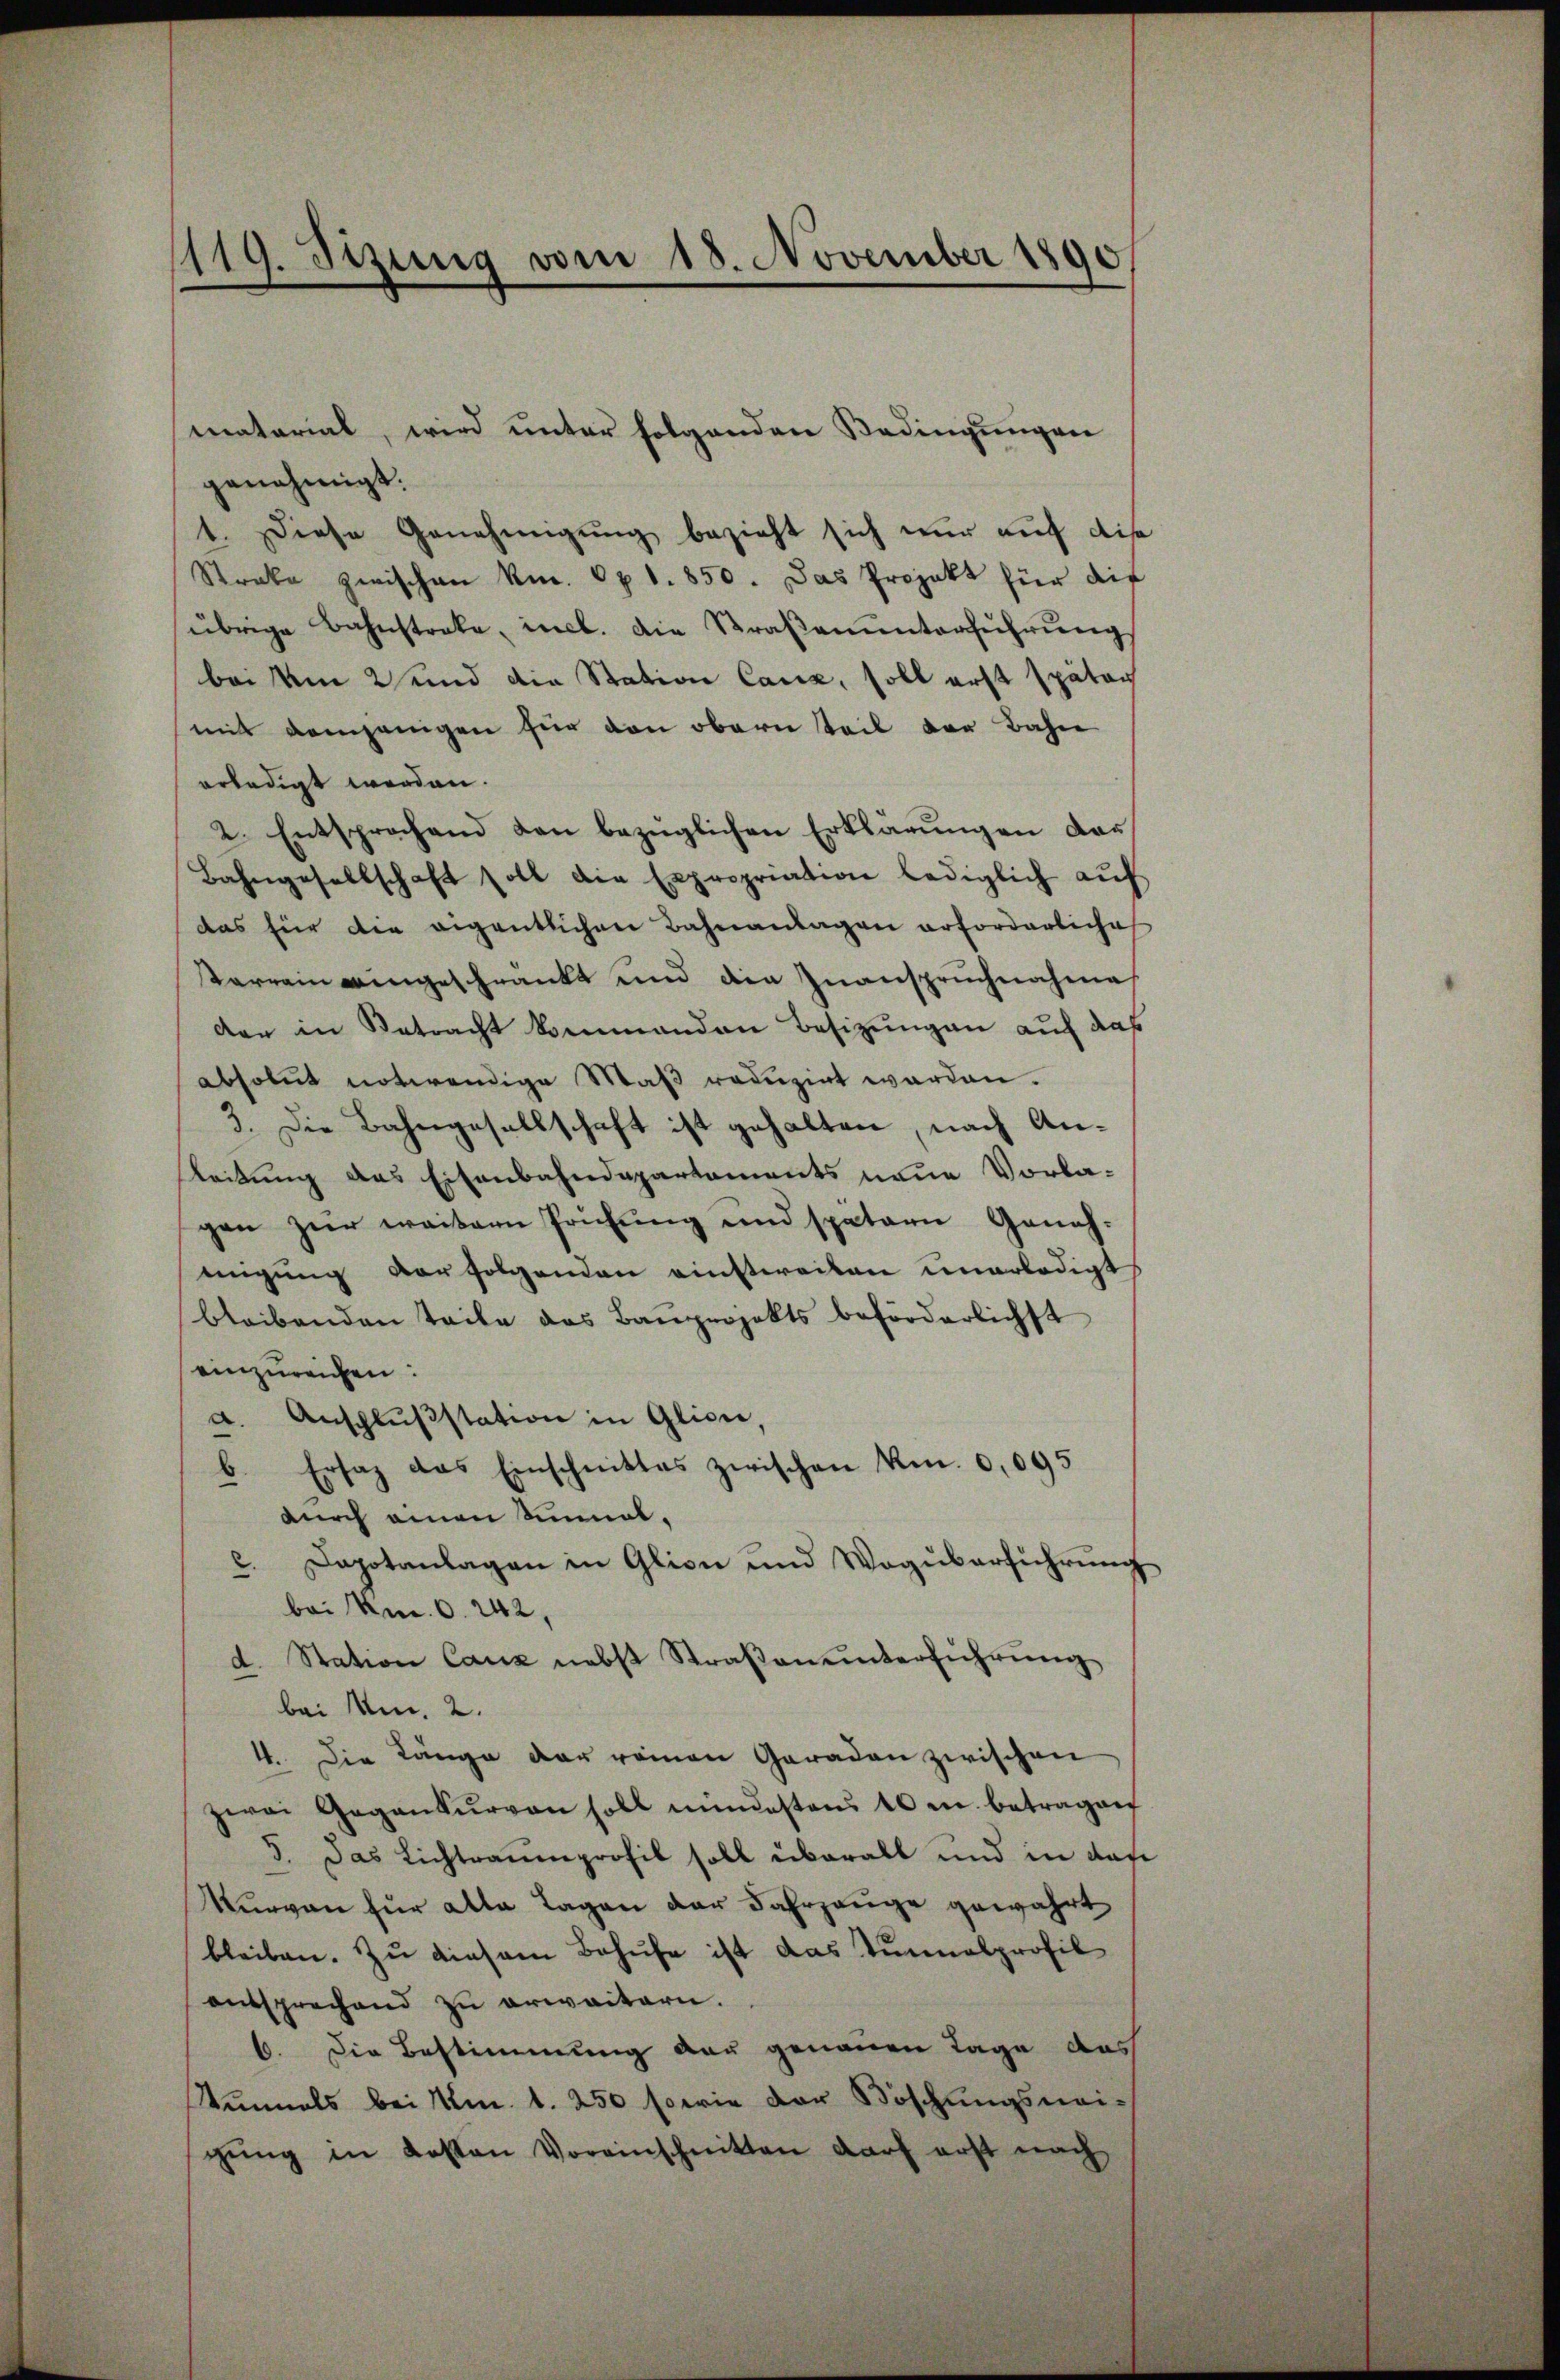
119. Sizung vom 18. November 1890

genehmigt.
1. Diese Genehmigung bezieht sich nur auf dis
Streke zwischen kn. 671. 850. Das Projekt für dif
übrige Bahnstrate, incl. die Straßenunterführung
bei Um 2 und die Station Canz, soll erst später
mit demjenigen für den obern teil der Bahn
erledigt werden.
2. Entsprochend den bezüglichen Erklärungen dar¬
Bahngesellschaft soll die Expropriation lediglich auf
das für die eigentlichen Bahnanlagen erforderliche
Terrain angeschränkt und die Inanspruchnahme
der in Betracht kommenden Besizungen auf das
absolut notwendige Maß reduzirt werden.
3. Die Bahngesellschaft ist gehalten, nach Anleitung des Eisenbahndepartements neue Vorlagen zur weitern Prüfung und spätern Geneh-
migung verfolgenden einstweilen unerledigt
bleibenden Teile das Bauprojekts beförderlichst
einzureichen.
Anschlŭβstation in Glicie,
d
Ersatz das Einschnittes zwischen km. 0,095
x
durch einen Sinnalc. Dapotanlagen in Glion und Woguberführung
bei kn. 6. 242,
d. Station Canz nebst Straßenunterführung
bei Am. 2.
4. Die Länge der reinen Geraden zwischen
zwai Gegenkŭrvon soll mindestens 40 m betragen
5. Das Lichtraumprofil soll überall und in das
Kurven für alle Tagen der Fahrzeuge gewahrt
bleiben. Zu diesem Behufe ist das Tunnalprofil
entsprechend zŭ erweitern.
6. Die Bestimmung der genauen Tage das
Sinmals bei Mm. 1. 250 sowie der Böschungsnei-
gŭng in Kosten Voreinschnitten darf erst nach

matarial, wird unter folgenden Bedingungen